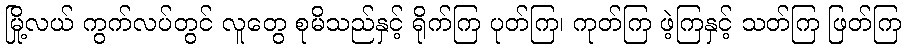
မြို့လယ် ကွက်လပ်တွင် လူတွေ စုမိသည်နှင့် ရိုက်ကြ ပုတ်ကြ၊ ကုတ်ကြ ဖဲ့ကြနှင့် သတ်ကြ ဖြတ်ကြ